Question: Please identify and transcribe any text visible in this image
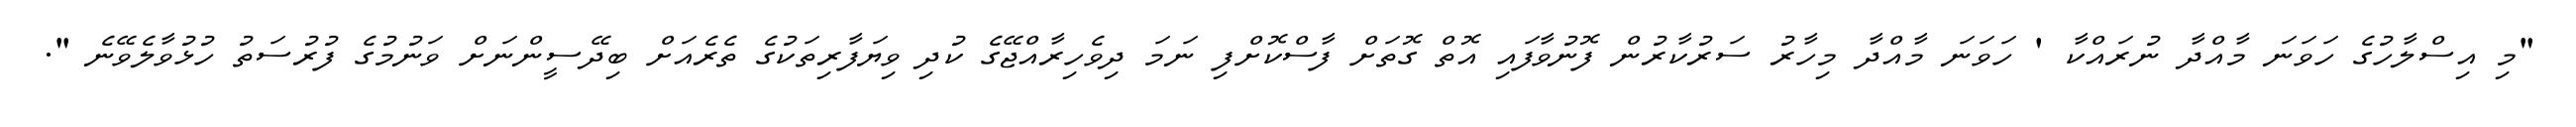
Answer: "މި އިސްލާހުގެ ހަވަނަ މާއްދާ ނުރައްކާ ' ހަވަނަ މާއްދާ މިހާރު ސަރުކާރުން ފޮނުވާފައި އޮތް ގޮތަށް ފާސްކޮށްފި ނަމަ ދިވެހިރާއްޖޭގެ ކުދި ވިޔަފާރިތަކުގެ ތެރެއަށް ބިދޭސީންނަށް ވަނުމުގެ ފުރުސަތު ހުޅުވާލެވޭނެ ".